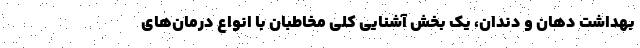
بهداشت دهان و دندان، یک بخش آشنایی کلی مخاطبان با انواع درمان‌های